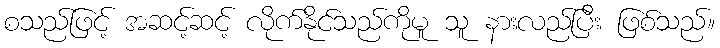
စသည်ဖြင့် အဆင့်ဆင့် လိုက်နိုင်သည်ကိုမူ သူ နားလည်ပြီး ဖြစ်သည်။